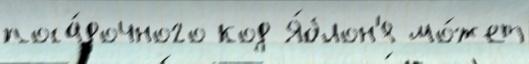
поса́дочного код Я́блон'я мо́жет